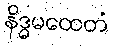
နိဒ္ဓမထေတံ